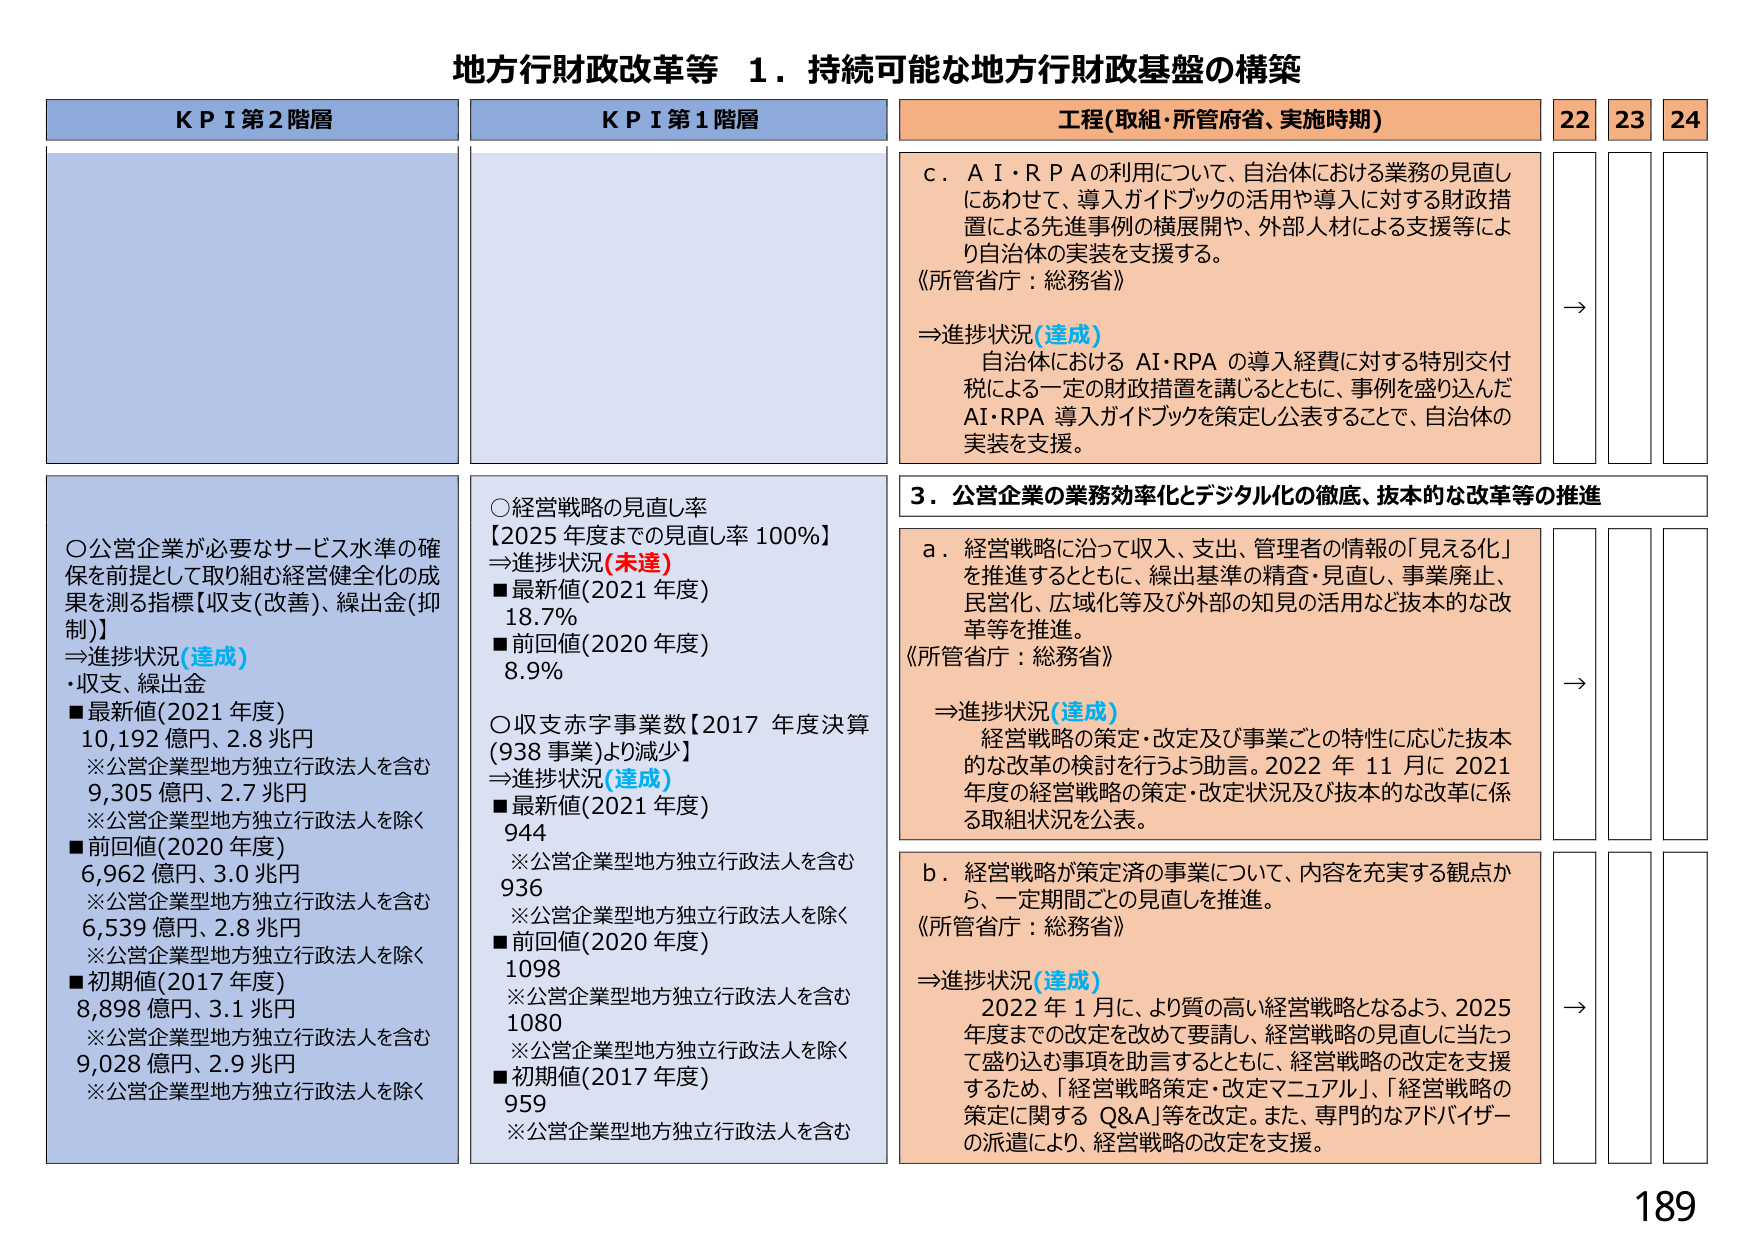
地方行財政改革等 １．持続可能な地方行財政基盤の構築

KPI 第2階層

○公営企業が必要なサービス水準の確保を前提として取り組む経営健全化の成果を測る指標【収支(改善)、繰出金(抑制)】
⇒進捗状況(達成)
・収支、繰出金
■最新値(2021年度)
10,192億円、2.8兆円
※公営企業型地方独立行政法人を含む
9,305億円、2.7兆円
※公営企業型地方独立行政法人を除く
■前回値(2020年度)
6,962億円、3.0兆円
※公営企業型地方独立行政法人を含む
6,539億円、2.8兆円
※公営企業型地方独立行政法人を除く
■初期値(2017年度)
8,898億円、3.1兆円
※公営企業型地方独立行政法人を含む
9,028億円、2.9兆円
※公営企業型地方独立行政法人を除く

KPI 第1階層

○経営戦略の見直し率
【2025年度までの見直し率100%】
⇒進捗状況(未達)
■最新値(2021年度)
18.7%
■前回値(2020年度)
8.9%

○収支赤字事業数【2017年度決算(938事業)より減少】
⇒進捗状況(達成)
■最新値(2021年度)
944
※公営企業型地方独立行政法人を含む
936
※公営企業型地方独立行政法人を除く
■前回値(2020年度)
1098
※公営企業型地方独立行政法人を含む
1080
※公営企業型地方独立行政法人を除く
■初期値(2017年度)
959
※公営企業型地方独立行政法人を含む

工程(取組・所管府省、実施時期)

c．AI・RPAの利用について、自治体における業務の見直しにあわせて、導入ガイドブックの活用や導入に対する財政措置による先進事例の横展開や、外部人材による支援等により自治体の実装を支援する。
《所管省庁：総務省》
⇒進捗状況(達成)
自治体におけるAI・RPAの導入経費に対する特別交付税による一定の財政措置を講じるとともに、事例を盛り込んだAI・RPA導入ガイドブックを策定し公表することで、自治体の実装を支援。

3．公営企業の業務効率化とデジタル化の徹底、抜本的な改革等の推進

a．経営戦略に沿って収入、支出、管理者の情報の「見える化」を推進するとともに、繰出基準の精査・見直し、事業廃止、民営化、広域化等及び外部の知見の活用など抜本的な改革等を推進。
《所管省庁：総務省》
⇒進捗状況(達成)
経営戦略の策定・改定及び事業ごとの特性に応じた抜本的な改革の検討を行うよう助言。2022年11月に2021年度の経営戦略の策定・改定状況及び抜本的な改革に係る取組状況を公表。

b．経営戦略が策定済の事業について、内容を充実する観点から、一定期間ごとの見直しを推進。
《所管省庁：総務省》
⇒進捗状況(達成)
2022年1月に、より質の高い経営戦略となるよう、2025年度までの改定を改めて要請し、経営戦略の見直しに当たって盛り込む事項を助言するとともに、経営戦略の改定を支援するため、「経営戦略策定・改定マニュアル」、「経営戦略の策定に関するQ&A」等を改定。また、専門的なアドバイザーの派遣により、経営戦略の改定を支援。

22 23 24

→
→
→

189